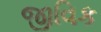
જીવિક